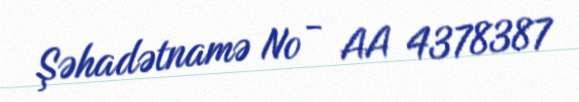
Şəhadətnamə № - AA 4378387